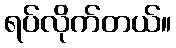
ရပ်လိုက်တယ်။